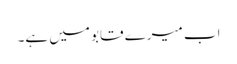
اب میرے قابو میں ہے۔